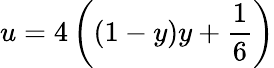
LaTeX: u=4\left((1-y)y+\frac{1}{6}\right)